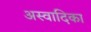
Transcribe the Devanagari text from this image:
अस्वादिका